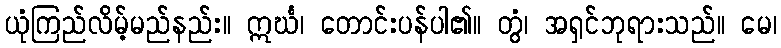
ယုံကြည်လိမ့်မည်နည်း။ ဣင်္ဃ၊ တောင်းပန်ပါ၏။ တွံ၊ အရှင်ဘုရားသည်။ မေ၊